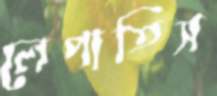
লেপাতিস